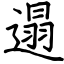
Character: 遢